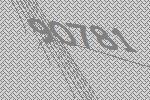
90781